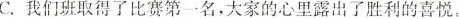
C.我们班取得了比赛第一名，大家的心里露出了胜利的喜悦。